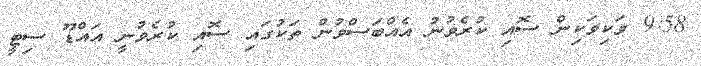
9:58 ވަކިވަކިން ސޮއި ކުރެވުނު އެއްބަސްވުން ތަކުގައި ސޮއި ކުރެވުނީ އައްޑޫ ސިޓީ